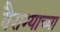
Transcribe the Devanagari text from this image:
वैराग्याच्या